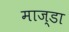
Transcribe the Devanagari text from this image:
माज्डा